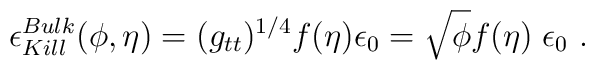
\epsilon_{Kill}^{Bulk}( \phi, \eta) = (g_{tt})^{1/4}f(  \eta)\epsilon_0 = \sqrt{ \phi }f( \eta) \;  \epsilon_0 \ .